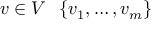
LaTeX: v \in V \setminus \{ v _ { 1 } , \dots , v _ { m } \}